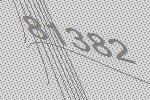
81382